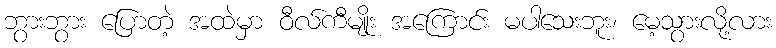
ဘွားဘွား ပြောတဲ့ အထဲမှာ ဝီလ်ကီမျိုး အကြောင်း မပါသေးဘူး၊ မေ့သွားလို့လား